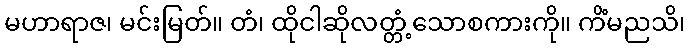
မဟာရာဇ၊ မင်းမြတ်။ တံ၊ ထိုငါဆိုလတ္တံ့သောစကားကို။ ကိံမညသိ၊